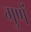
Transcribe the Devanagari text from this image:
गुणें